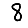
Digit: 8